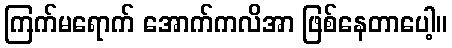
ကြက်မရောက် အောက်ကလိအာ ဖြစ်နေတာပေါ့။